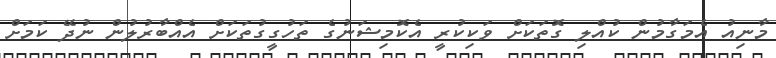
މާނިއު އެމަގާމުން ކުއްލި ގޮތަކަށް ވަކިކުރީ އެކޮމިޝަނުގެ ތަހުގީގުތަކަށް އެއްބާރުލުން ނުދޭ ކަމަށް